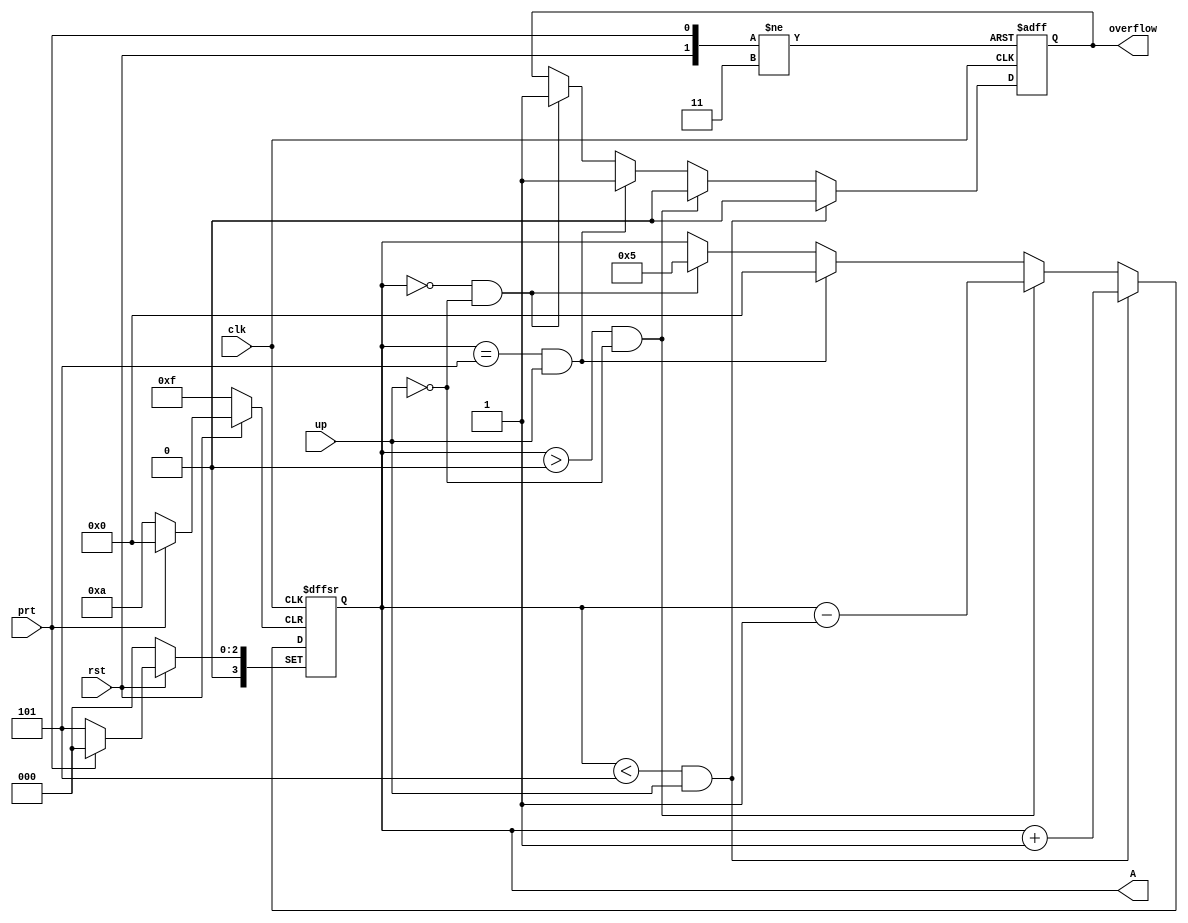
module five_counter(A,overflow,clk,rst,prt,up);	//MOD five counter counts 0-5 with overflow on loop

input wire clk, rst, prt,up;	//inputs clk - input clock for the counter, rst - resets counter to 0, prt - presets counter to 9, up - determines if the counter is counting up or down
	output wire overflow;	//output overflow - tells when counter has rolled over
	output wire [3:0]A;	//4-bit output A - outputs binary representation of number being counted
	
	reg overflow_reg;	//registers to use in alway block
	reg [3:0]A_reg;
	
	assign overflow = overflow_reg;	//assigning value from always block registers to outputs
	assign A = A_reg;
	
	always @ (posedge clk or negedge rst or negedge prt)	//always block sensitive to positive edge of clock, and negative edge of preset and reset
	
			if (~rst)begin	//if reset is pressed
				overflow_reg <= 1'b0;	//overflow is low
				A_reg <= 4'd0;	//A_reg is reset to 0
				end	//end reset condition
				
			else if (~prt)begin	//if preset is pressed
				overflow_reg <=1'b0;	//overflow is low
				A_reg <= 4'd5;	//A_reg is set to 5
				end	//end of preset condition
				
			else if (A_reg < 4'd5 && up)begin	//if A_reg is less than 5, and counter is counting up
				overflow_reg <= 1'b0;	//overflow is low
				A_reg <= A_reg + 1'b1;	//A_reg is incremented by 1
				end	//end of else if condition
				
			else if (A_reg > 4'd0 && ~up)begin	//if A_reg is greater than 0, and counter is counting down
				overflow_reg <= 1'b0;	//overflow is low
				A_reg <= A_reg - 1'b1;	//A_reg is decremented by 1
				end	//end of else if condition
				
			else if (A_reg == 4'd5 && up)begin	//if A_reg equals 5, and counter is counting up
				overflow_reg <= 1'b1;	//overflow is triggered
				A_reg <= 4'd0;	//counter is reset to 0
				end	//end of else if condition
				
			else if (A_reg == 4'd0 && ~up)begin	//if A_reg equals 0, and counter is counting down	
				overflow_reg <= 1'b1;	//overflow is triggered
				A_reg <= 4'd5;	//A_reg is reset to 5
				end	//end of else if condition
				
	endmodule	//end of mod five counter module